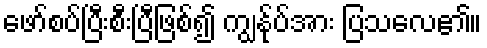
ဖော်စပ်ပြီးစီးပြီဖြစ်၍ ကျွန်ုပ်အား ပြသလေ၏။